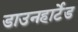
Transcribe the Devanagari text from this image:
डाउनहार्टेड